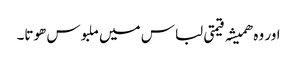
اور وہ ھمیشہ قیمتی لباس میں ملبوس ھوتا۔